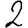
Digit: 2